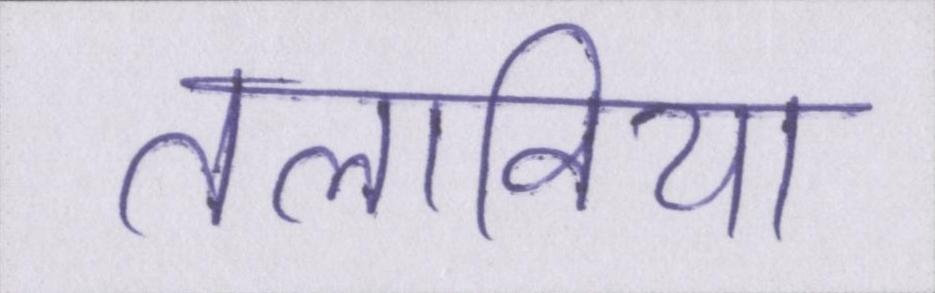
तलाविया